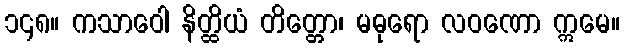
၁၄၈။ ကသာဝေါ နိတ္ထိယံ တိတ္တော၊ မဓုရော လဝဏော ဣမေ။